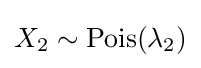
X_{2}\sim \mathrm {Pois} (\lambda _{2})